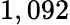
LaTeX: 1,092